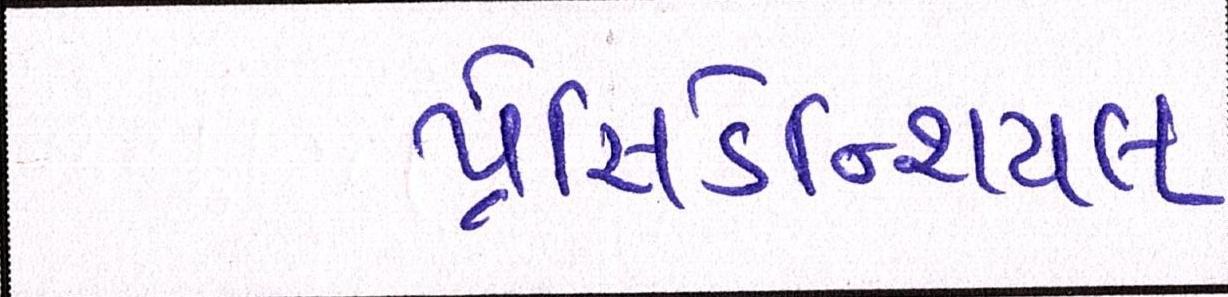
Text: પ્રેસિડેન્શિયલ